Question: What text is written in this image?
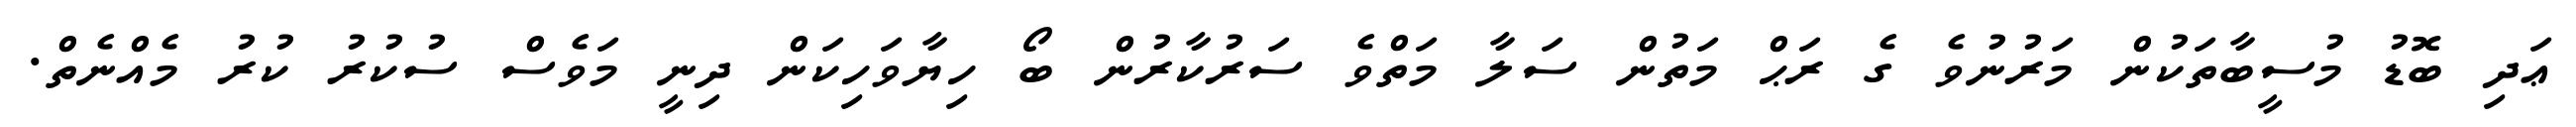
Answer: ޢަދި ބޮޑު މުސީބާތަކުން މަރުނުވެ ގެ ރަޙް މަތުން ސަލާ މަތްވެ ސަރުކާރުން ބޯ ހިޔާވަހިކަން ދިނީ މަވެސް ސުކުރު ކުރު މެއްނެތް.